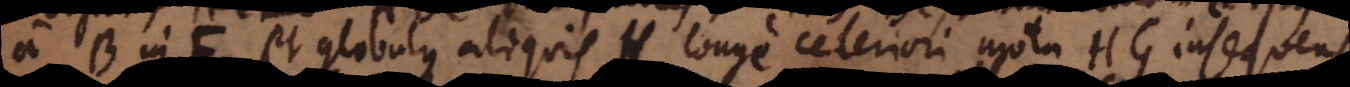
a B in F, et globulus aliquis H longe celeriori motu HG insequens